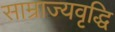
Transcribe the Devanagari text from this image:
साम्राज्यवृद्धि